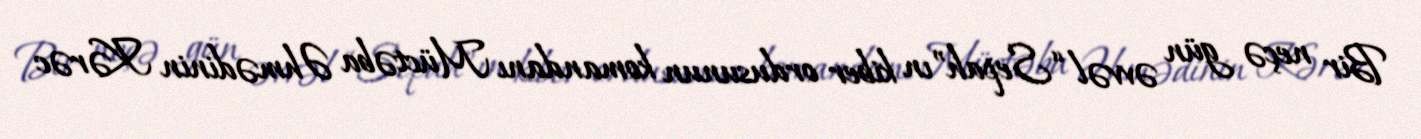
Bir neçə gün əvvəl “Sepah”ın kiber ordusunun komandanı Müctəba Əhmədinin Kərəc